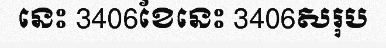
នេះ 3406ខែនេះ 3406សរុប